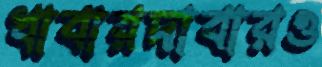
খাবারদাবারও